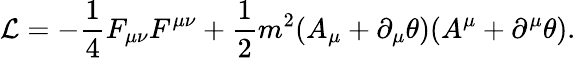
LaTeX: {\cal L}=-\frac{1}{4}F_{\mu\nu}F^{\mu\nu}+\frac{1}{2}m^{2}(A_{\mu}+\partial_{\mu}\theta)(A^{\mu}+\partial^{\mu}\theta).